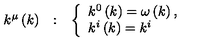
\begin{array} { c c c } { k ^ { \mu } \left( k \right) } & { : } & { \left\{ \begin{array} { l } { k ^ { 0 } \left( k \right) = \omega \left( k \right) , } \\ { k ^ { i } \left( k \right) = k ^ { i } } \\ \end{array} \right. } \\ \end{array}